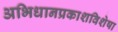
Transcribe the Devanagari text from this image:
अभिधानप्रकाशविशेषा